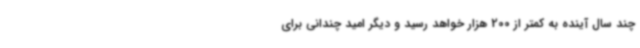
چند سال آینده به کمتر از 200 هزار خواهد رسید و دیگر امید چندانی برای